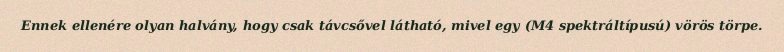
Ennek ellenére olyan halvány, hogy csak távcsővel látható, mivel egy (M4 spektráltípusú) vörös törpe.